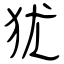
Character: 犹